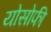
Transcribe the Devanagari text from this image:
योसोफी